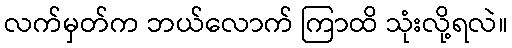
လက်မှတ်က ဘယ်လောက် ကြာထိ သုံးလို့ရလဲ။